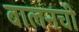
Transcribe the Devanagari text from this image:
बालनची